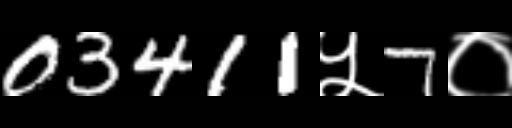
Text: 03411५7०